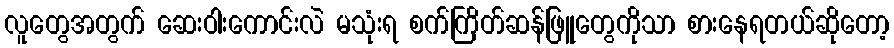
လူတွေအတွက် ဆေးဝါးကောင်းလဲ မသုံးရ စက်ကြိတ်ဆန်ဖြူတွေကိုသာ စားနေရတယ်ဆိုတော့